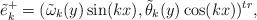
LaTeX: \begin{align*}\tilde e_k^+=(\tilde \omega_k(y) \sin(kx), \tilde \theta_k(y) \cos(kx))^{tr}, \end{align*}